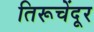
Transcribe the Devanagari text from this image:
तिरूचेंदूर